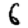
Digit: 6